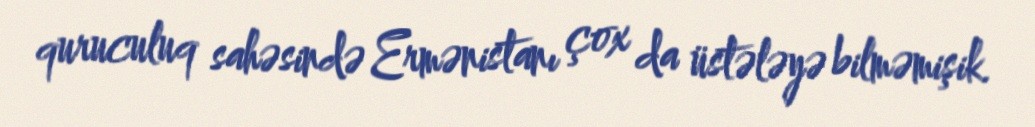
quruculuq sahəsində Ermənistanı çox da üstələyə bilməmişik.